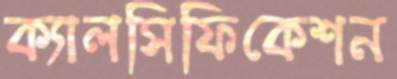
ক্যালসিফিকেশন